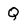
Character: Q